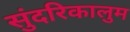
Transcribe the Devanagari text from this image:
सुंदरिकालुम